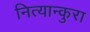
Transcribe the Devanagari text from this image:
नित्यान्कुरा